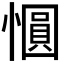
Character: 𪬱